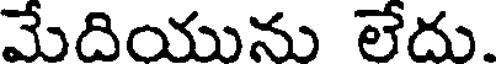
మేదియును లేదు.